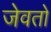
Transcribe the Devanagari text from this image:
जेवतो